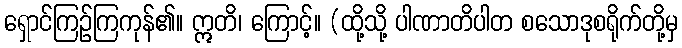
ရှောင်ကြဉ်ကြကုန်၏။ ဣတိ၊ ကြောင့်။ (ထို့သို့ ပါဏာတိပါတ စသောဒုစရိုက်တို့မှ